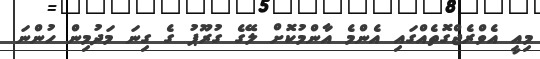
މިއީ އެވްރެޖްގޮތެއްގައި އެންމެ އާންމުކޮށް ލޭގެ ގުރޫޕު ގެ ގިނަ މަދުމިން ހުންނަ